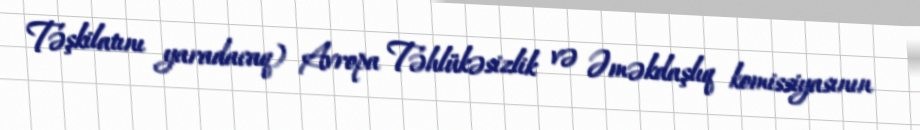
Təşkilatını yaradacaq) Avropa Təhlükəsizlik və Əməkdaşlıq komissiyasının